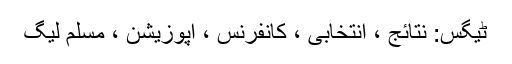
ٹیگس: نتائج ، انتخابی ، کانفرنس ، اپوزیشن ، مسلم لیگ